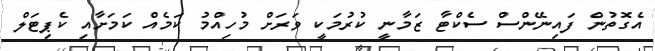
އެގޮތުން ފައިނޭންސް ސެކްޓާ ޒަމާނީ ކުރުމަކީ ވަރަށް މުހިއްމު ކަމެއް ކަމަށާއި ކެޕިޓަލް